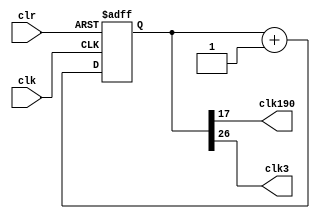
`timescale 1ns / 1ps
//////////////////////////////////////////////////////////////////////////////////
// Company: 
// Engineer: 
// 
// Design Name: 
// Module Name: scroll_top
// Project Name: 
// Target Devices: 
// Tool Versions: 
// Description: 
// 
// Dependencies: 
// 
// Revision:
// Revision 0.01 - File Created
// Additional Comments:
// 
//////////////////////////////////////////////////////////////////////////////////

module clkdiv(
    input wire clk,
    input wire clr,
    output wire clk190,
    output wire clk3
    );
    
    reg [30:0] div;
    
    always @( posedge clk or posedge clr)
    begin
        if(clr == 1)
            div <= 0;
        else 
            div <= div + 1;
    end
    
    assign clk190 = div[17];
    assign clk3 = div[26];
    
endmodule


module movement(
    input wire clk,
    input wire clr,
    input wire pause,
    output wire [15:0] x
    );
    
    reg [0:87] c;//
    parameter chunk = 88'hFFF0ABCC0FF15352114FFF;
    
    always @(posedge clk or posedge clr)
    begin   
        if( clr == 1 )
            c <= chunk;
        else
            begin  
               if( pause == 0)
                   begin      
                       c[0:83] <= c[4:87];
                       c[84:87] <= c[0:3];
                   end
              end
    end
    
    
    assign x = c[72:87];
    
endmodule


module seg7(
    input wire clk,
    input wire clr,
    input wire [15:0] x,//44
    output reg [3:0] an,//an=0
    output reg [6:0] a_to_g,//7
    output wire dp//dot
    );
    
    reg [2:0] s=0;
       reg [3:0] number;
       wire [3:0] enable;
       reg [19:0] clkdiv=0;
       parameter T=50000;
       
       assign dp = 1;
       assign enable = 4'b1111;
   
   
       always @(posedge clk)
       begin
               clkdiv <= clkdiv + 1;
               if( clkdiv == T )
               begin 
                   clkdiv <= 0;
                   s <= s + 1;
                   if( s == 4 )
                       s <= 0;
               end
           end
       
       always @( * )   
           case(s)
               0: number = x[3:0];
               1: number =x[7:4];
               2: number =x[11:8];
               3: number =x[15:12];
               default: number = x[3:0];
           endcase
   
   
       always @( posedge clk)
           case(s)
               0: an<=4'b1110;
               1: an<=4'b1101;
               2: an<=4'b1011;
               3: an<=4'b0111;
               default: an<=4'b1111;
           endcase
       
       always @(*)
           case(number)
               0: a_to_g = 7'b0000001;
               1: a_to_g = 7'b1001111;
               2: a_to_g = 7'b0010010;
               3: a_to_g = 7'b0000110;
               4: a_to_g = 7'b1001100;
               5: a_to_g = 7'b0100100;
               6: a_to_g = 7'b0100000;
               7: a_to_g = 7'b0001111;
               8: a_to_g = 7'b0000000;
               9: a_to_g = 7'b0000100;
               'hA: a_to_g = 7'b0000001;
               'hB: a_to_g = 7'b0000001;
               'hC: a_to_g = 7'b0000001;
               'hD: a_to_g = 7'b0000001;
               'hE: a_to_g = 7'b0000001;
               'hF: a_to_g = 7'b0000001;
               default: a_to_g = 7'b0000001;
           endcase
       
endmodule


module scroll_top(
    input clk,
    input clr,
    input pause,
    output [6:0] a_to_g,
    output [3:0] an,
    output dp
    );
    
    wire clk190;
    wire clk3;
    wire [15:0] x;
   // assign x = 4'h6666;
    
    clkdiv cd(.clk(clk), .clr(clr), .clk190(clk190), .clk3(clk3));
    movement m(.clk(clk3), .clr(clr), .pause(pause), .x(x));
    seg7 s(.clk(clk), .clr(clr), .x(x), .an(an), .a_to_g(a_to_g), .dp(dp));
endmodule